Note on the mental hospitals in Burma - 1925-1940
Year: 1925
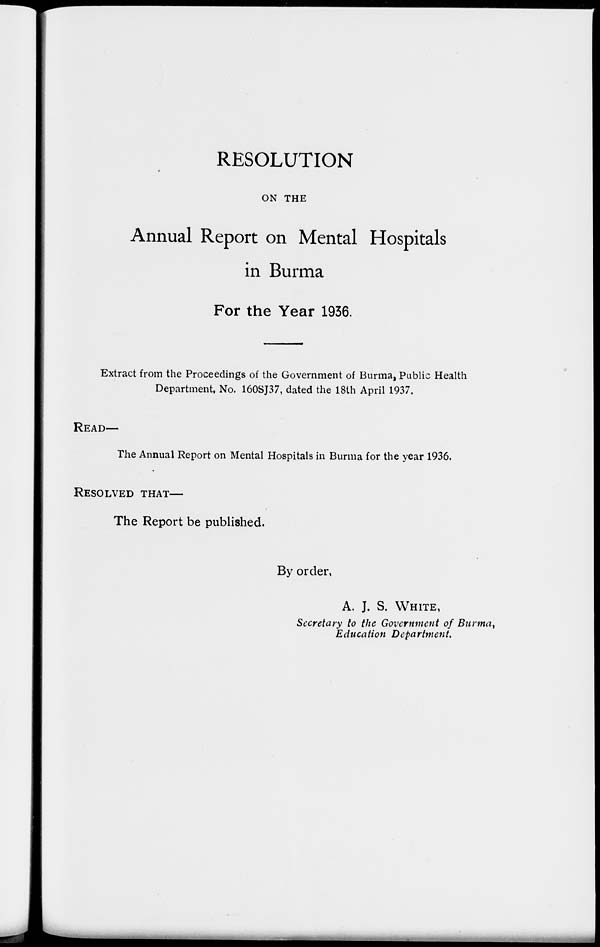
RESOLUTION
ON THE
Annual Report on Mental Hospitals
in Burma
For the Year 1936.
Extract from the Proceedings of the Government of Burma, Public Health
Department, No. 160SJ37, dated the 18th April 1937.
READ—
The Annual Report on Mental Hospitals in Burma for the year 1936.
RESOLVED THAT—
The Report be published.
By order,
A. J. S. WHITE,
Secretary to the Government of Burma,
Education Department.